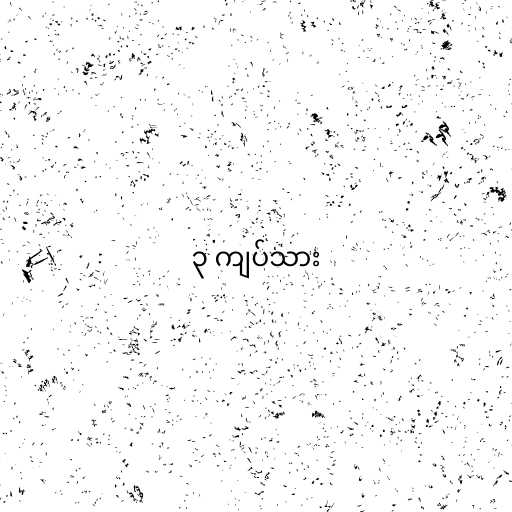
၃ ကျပ်သား